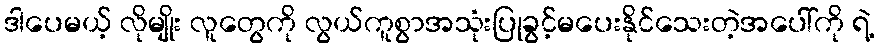
ဒါပေမယ့် လိုမျိုး လူတွေကို လွယ်ကူစွာအသုံးပြုခွင့်မပေးနိုင်သေးတဲ့အပေါ်ကို ရဲ့